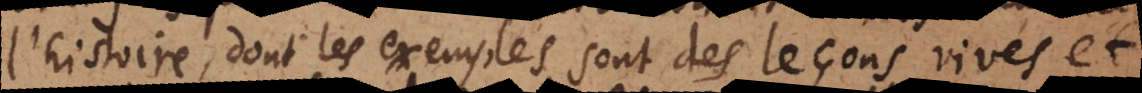
l’histoire, dont les exemples sont des leçons vives et